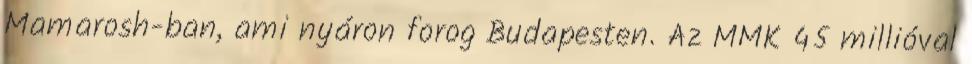
Mamarosh-ban, ami nyáron forog Budapesten. Az MMK 45 millióval